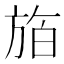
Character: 𪯸